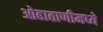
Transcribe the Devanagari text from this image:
ओढाताणीमध्ये